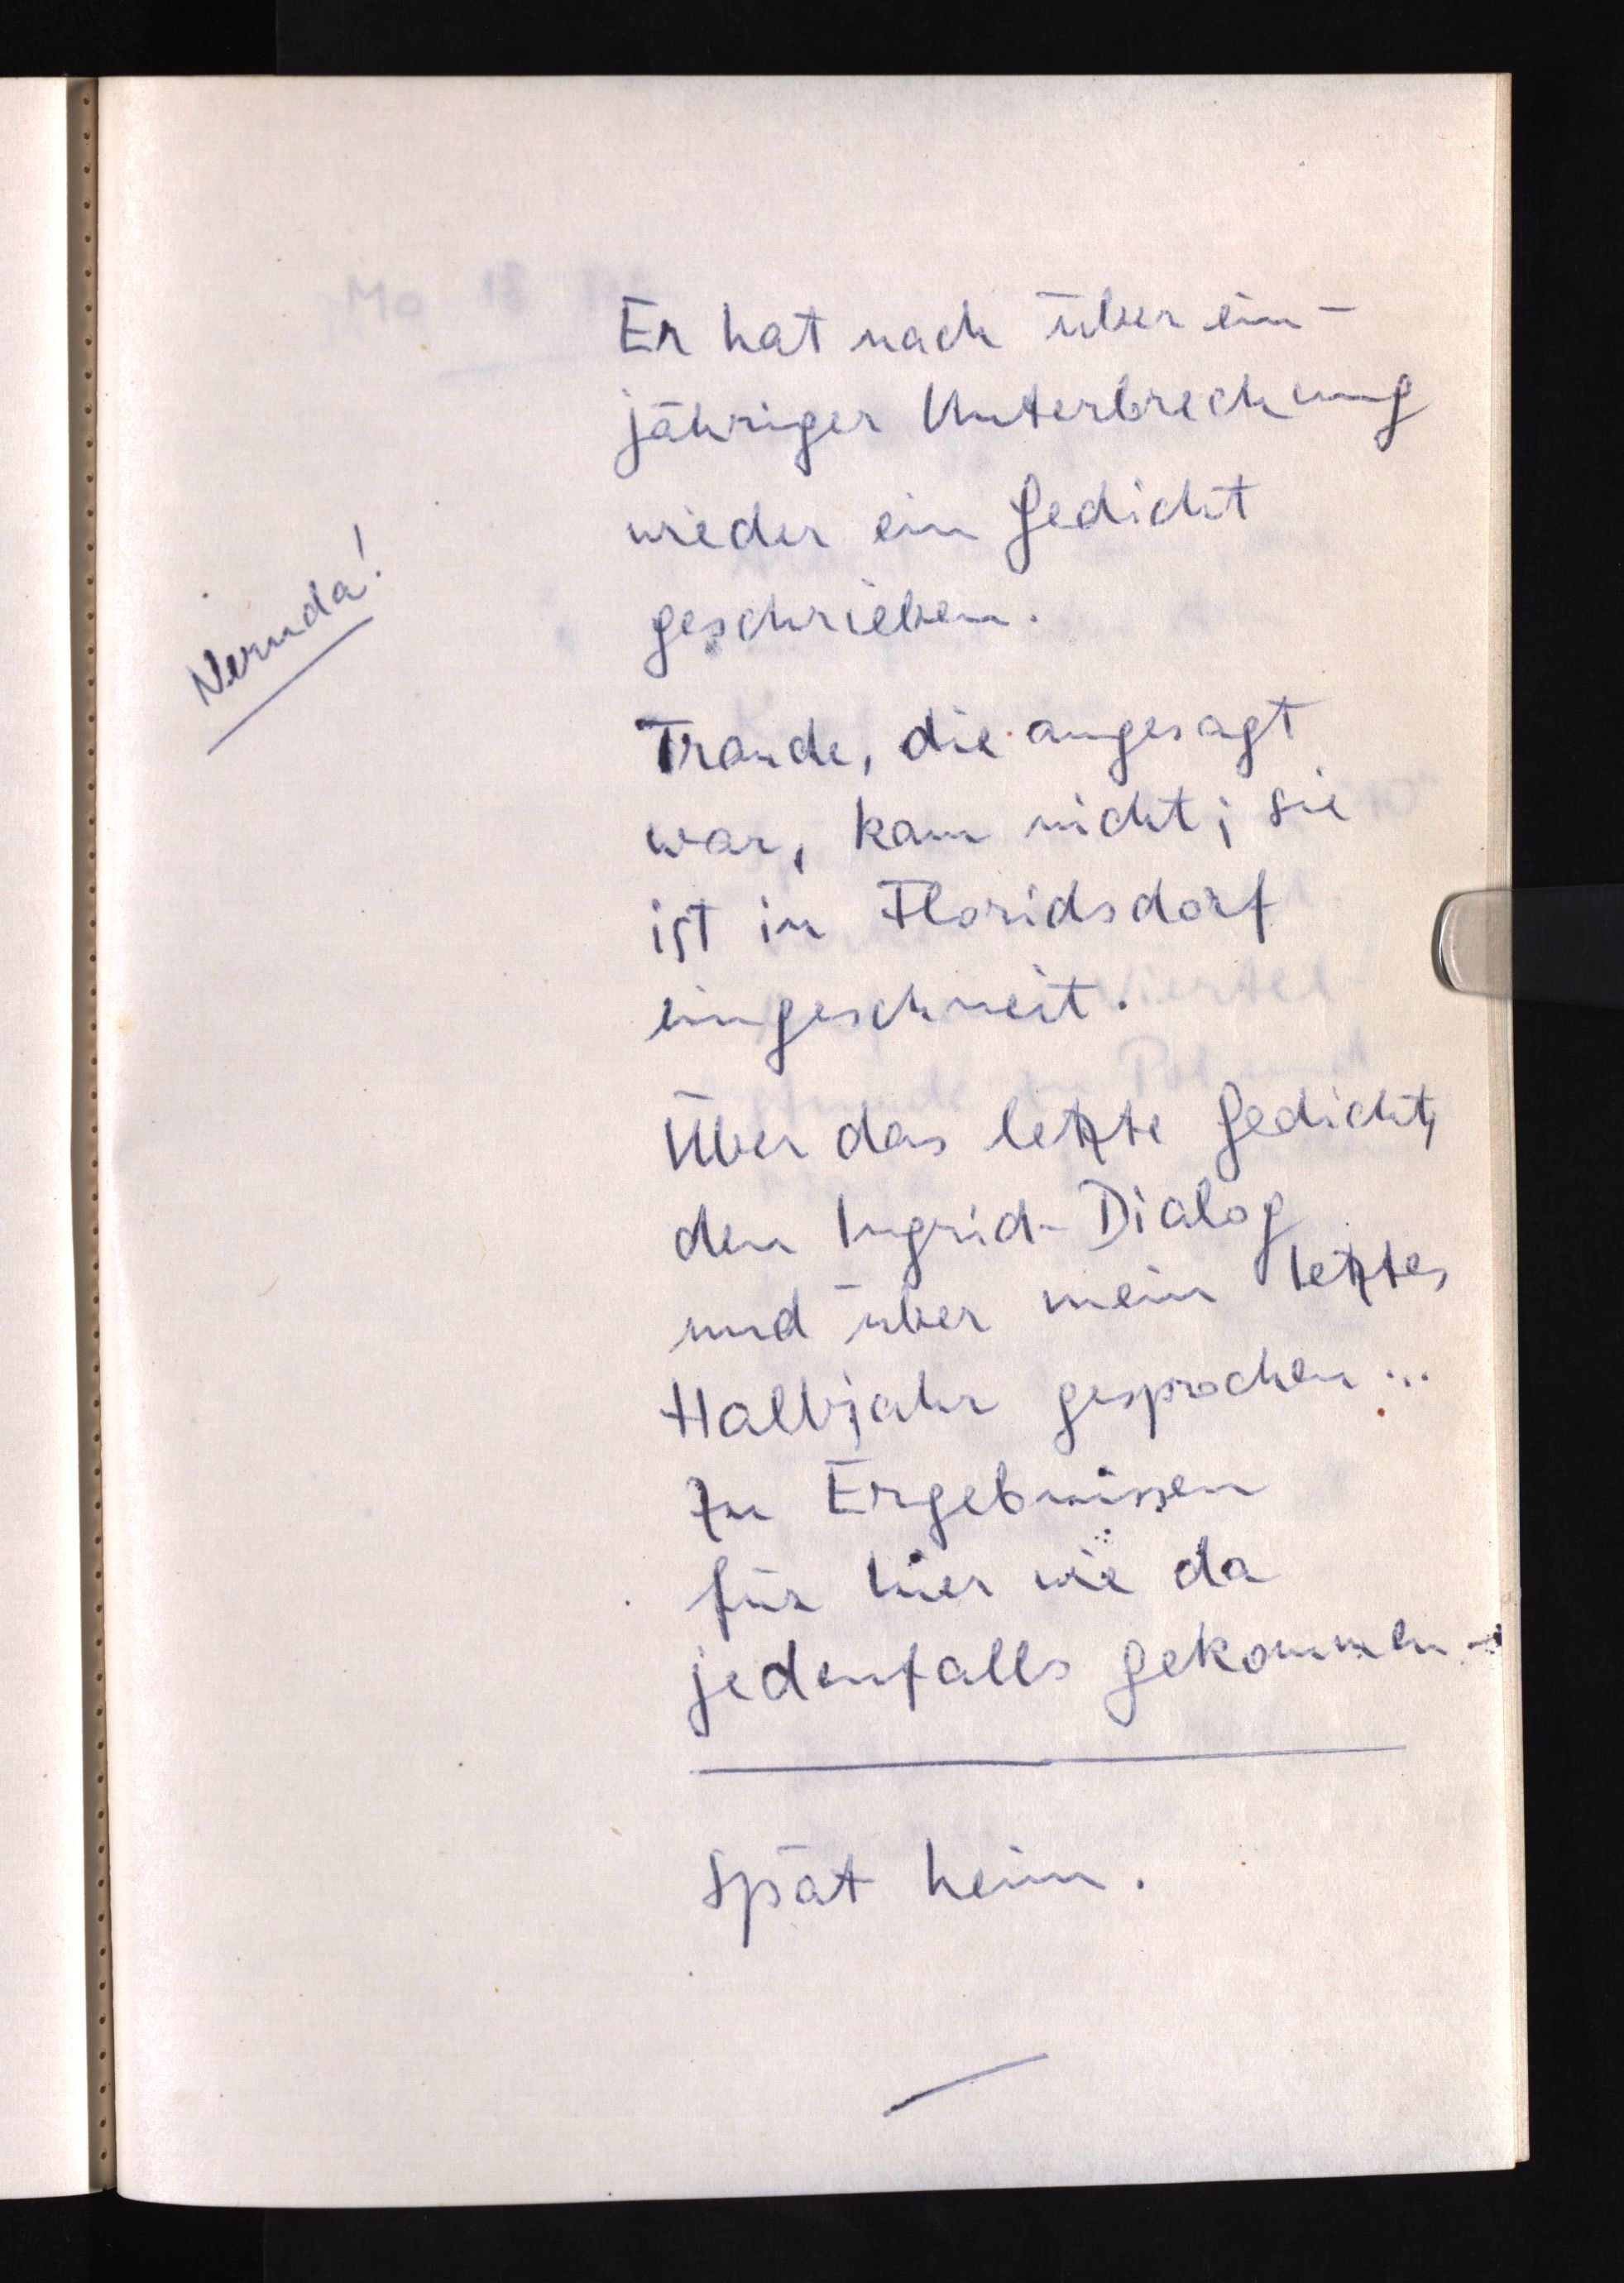
Er hat nach über ein¬
jähriger Unterbrechung
wieder ein Gedicht
geschrieben.
Traude, die angesagt
war, kam nicht; sie
ist in Floridsdorf
eingeschneit.
Über das letzte Gedicht,
den Ingrid-Dialog
und über mein letztes
Halbjahr gesprochen ...
Zu Ergebnissen
für hier wie da
jedenfalls gekommen-
Spät heim.

Neruda!